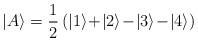
LaTeX: \begin{align*}|A \rangle = \frac{1}{2}\, (|1 \rangle\! +\! |2 \rangle\! -\! |3 \rangle\! -\! |4 \rangle )\end{align*}